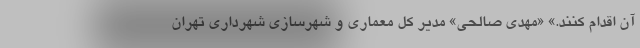
آن اقدام کنند.» «مهدی صالحی» مدیر کل معماری و شهرسازی شهرداری تهران